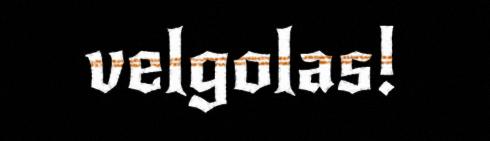
velgolas!